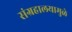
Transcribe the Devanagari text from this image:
संग्रहालयामुळे